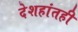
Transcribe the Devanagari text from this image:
देशहांतही